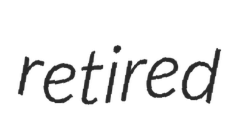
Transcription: retired